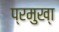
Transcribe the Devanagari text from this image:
प्रमुख्‍ा